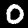
Digit: 0